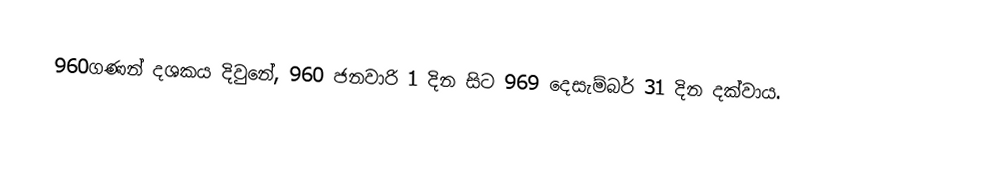
960ගණන් දශකය දිවුනේ, 960 ජනවාරි 1 දින සිට 969 දෙසැම්බර් 31 දින දක්වාය.